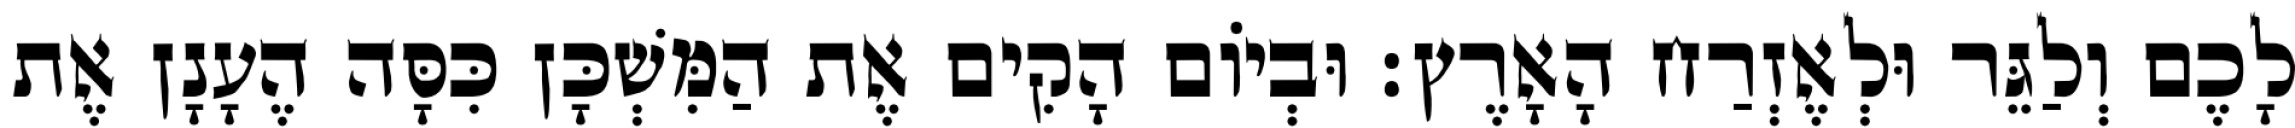
לָכֶם וְלַגֵּר וּלְאֶזְרַח הָאָרֶץ׃ וּבְיוֹם הָקִים אֶת הַמִּשְׁכָּן כִּסָּה הֶעָנָן אֶת